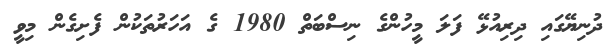
ދުނިޔޭގައި ދިރިއުޅޭ ފަލަ މީހުންގެ ނިސްބަތް 1980 ގެ އަހަރުތަކުން ފެށިގެން މިވީ